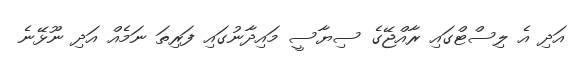
އަދި އެ ލިސްޓްގައި ރާއްޖޭގެ ސިޔާސީ މައިދާނުގައި ފަރިތަ ނަމެއް އަދި ނޫޅޭނެ